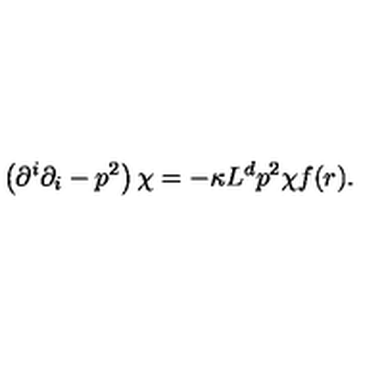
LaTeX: \left( \partial ^ { i } \partial _ { i } - p ^ { 2 } \right) \chi = - \kappa L ^ { d } p ^ { 2 } \chi f ( r ) .